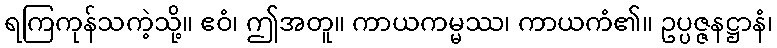
ရကြကုန်သကဲ့သို့။ ဧဝံ၊ ဤအတူ။ ကာယကမ္မဿ၊ ကာယကံ၏။ ဥပ္ပဇ္ဇနဋ္ဌာနံ၊